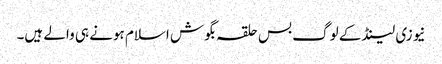
نیوزی لینڈ کے لوگ بس حلقہ بگوش اسلام ہونے ہی والے ہیں۔